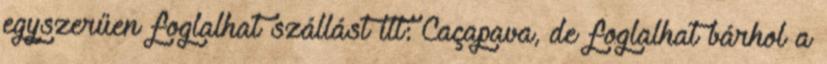
egyszerűen foglalhat szállást itt: Caçapava, de foglalhat bárhol a